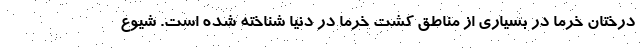
درختان خرما در بسیاری از مناطق کشت خرما در دنیا شناخته شده است. شیوع